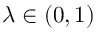
\lambda \in ( 0 , 1 )